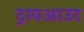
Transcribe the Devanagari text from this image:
ट्रायआउट